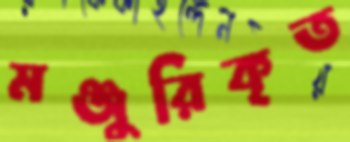
মঞ্জুরিকৃত